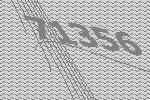
71356